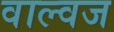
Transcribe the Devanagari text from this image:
वाल्वज